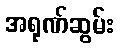
အရုဏ်ဆွမ်း